Annual statistical returns and brief notes on vaccination in Bengal - 1896-1909
Year: 1896
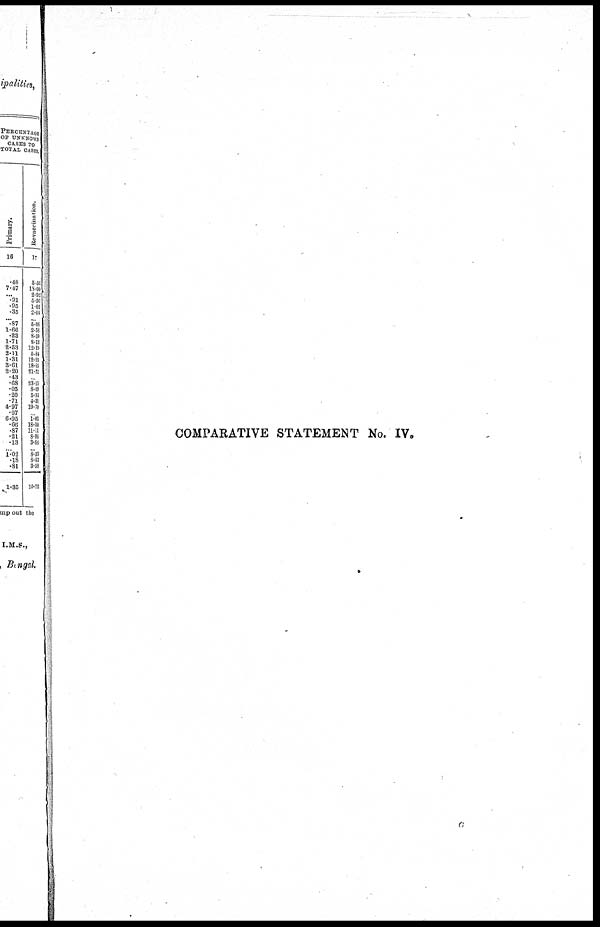
COMPARATIVE STATEMENT No. IV.
c